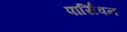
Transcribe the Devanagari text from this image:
पार्सिवन